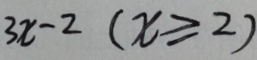
3 x - 2 ( x \geq 2 )